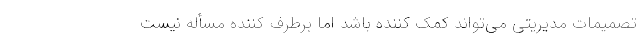
تصمیمات مدیریتی می‌تواند کمک کننده باشد اما برطرف کننده مسأله نیست